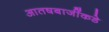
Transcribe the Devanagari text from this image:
आतषबाजींकडे